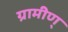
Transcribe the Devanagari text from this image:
ग्रामीण्